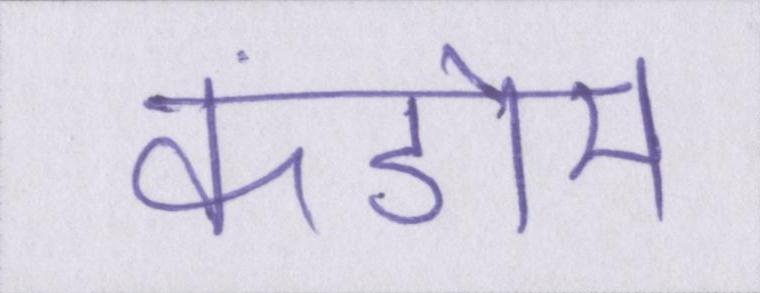
कंडोम